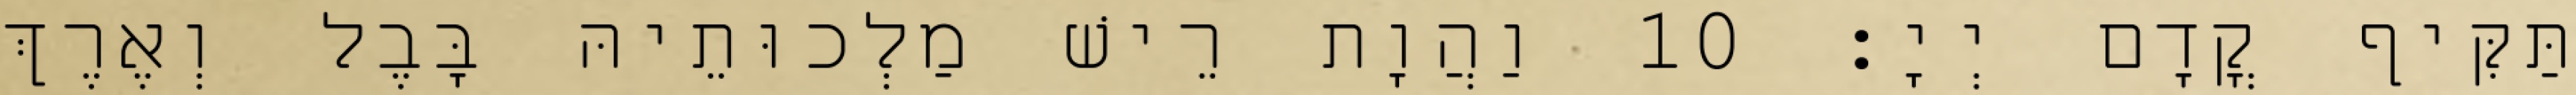
תַּקִּיף קֳדָם יְיָ׃ 10 וַהֲוָת רֵישׁ מַלְכוּתֵיהּ בָּבֶל וְאֶרֶךְ